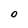
Character: O